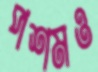
পশমও